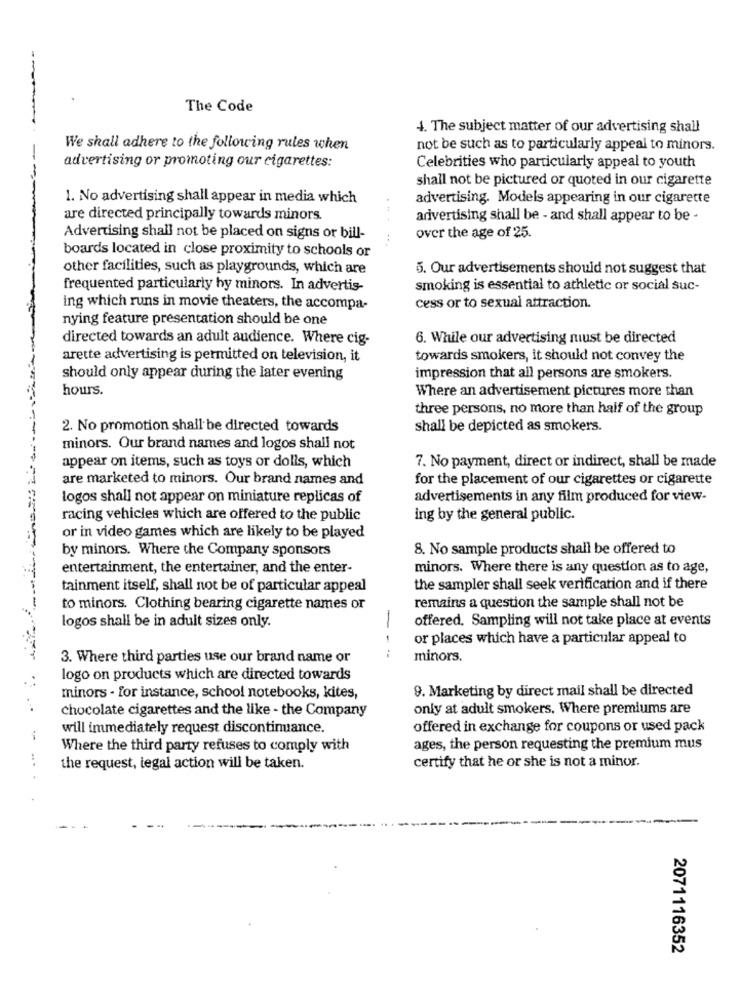
The Code
4. The subject matter of our advertising shall
We shall adhere to the following rules when
not be such as to particularly appeal to minors.
advertising or promoting our cigarettes:
Celebrities who particularly appeal to youth
-
shall not be pictured or quoted in our cigarette
1. No advertising shall appear in media which
advertising. Models appearing in our cigarette
are directed principally towards minors.
arivertising shall be - and shall appear to be -
Advertising shall not be placed on signs or bill-
over the age of 25.
boards located in close proximity to schools or
other facilities, such as playgrounds, which are
5. Our advertisements should not suggest that
frequented particularly hy minors. In advertis-
smoking is essential to athletic or social suc-
ing which runs in movie theaters, the accompa-
cess or to sexual attraction.
nying feature presentation should be one
directed towards an adult audience. Where cig-
6. While our advertising must be directed
arette advertising is permitted on television, it
towards smokers, it should not convey the
should only appear during the later evening
impression that all persons are smokers.
hours.
Where an advertisement pictures more than
three persons, no more than half of the group
2. No promotion shall be directed towards
shall be depicted as smokers.
minors. Our brand names and logos shall not
appear on items, such as toys or dolls, which
7. No payment, direct or indirect, shall be made
are marketed to minors. Our brand names and
for the placement of our cigarettes or cigarette
logos shall not appear on miniature replicas of
advertisements in any film produced for view-
racing vehicles which are offered to the public
ing by the general public.
or in video games which are likely to be played
by minors. Where the Company sponsors
8. No sample products shall be offered to
entertainment, the entertainer, and the enter-
minors. Where there is any question as to age,
tainment itself, shall not be of particular appeal
the sampler shall seek verification and if there
to minors. Clothing bearing cigarette names or
remains a question the sample shall not be
offered. Sampling will not take place at events
logos shall be in adult sizes only.
or places which have a particular appeal to
---
3. Where third parties use our brand name or
minors.
logo on products which are directed towards
9. Marketing by direct mail shall be directed
minors - for instance, school notebooks, kites,
chocolate cigarettes and the like - the Company
only at adult smokers. Where premiums are
will immediately request discontinuance.
offered in exchange for coupons or used pack
Where the third party refuses to comply with
ages, the person requesting the premium mus
the request, legal action will be taken.
certify that he or she is not a minor.
2071116352